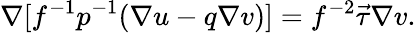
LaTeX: \nabla[f^{-1}p^{-1}(\nabla u-q\nabla v)]=f^{-2}\vec{\tau}\nabla v.